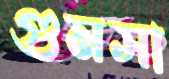
গুমসা